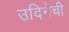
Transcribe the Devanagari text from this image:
उदिनेची